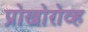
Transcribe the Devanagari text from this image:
प्रोखोरोव्ह